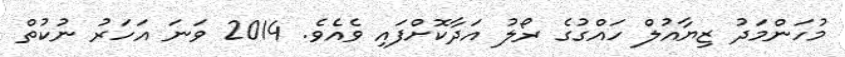
މުހަންމަދު ޒިޔާއުލް ހައްގުގެ ރޯލު އަދާކޮށްފައި ވެއެވެ. 2014 ވަނަ އަހަރު ނުކުތް